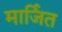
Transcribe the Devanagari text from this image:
मार्जित